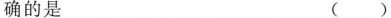
确的是 ( )